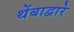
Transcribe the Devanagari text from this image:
थेंबाद्वारे